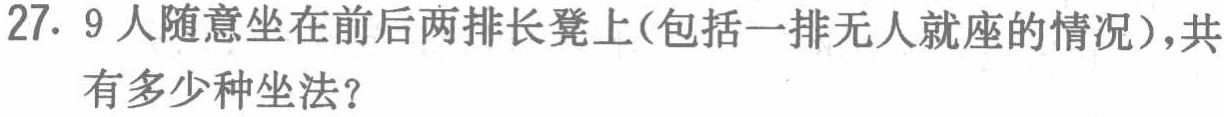
27. 9人随意坐在前后两排长凳上(包括一排无人就座的情况)，共有多少种坐法？